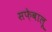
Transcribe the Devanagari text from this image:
सफ़ेबालू